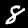
Digit: 8